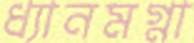
ধ্যানমগ্না